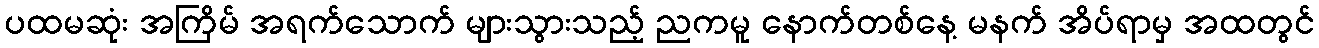
ပထမဆုံး အကြိမ် အရက်သောက် များသွားသည့် ညကမူ နောက်တစ်နေ့ မနက် အိပ်ရာမှ အထတွင်